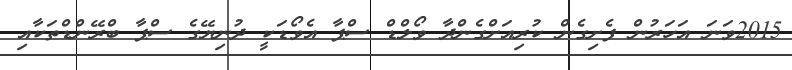
2015ވަނަ އަހަރުން ފެށިގެން ކުރިއަށްގެންދާ ވޯލްޑް ސްޕާ އެވޯޑަކީ ދުނިޔޭގެ ސްޕާ ބްރޭންޑްތަކާއި